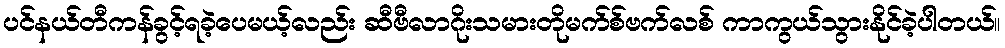
ပင်နယ်တီကန်ခွင့်ရခဲ့ပေမယ့်လည်း ဆီဗီလာဂိုးသမားတိုမက်စ်ဗက်လစ် ကာကွယ်သွားနိုင်ခဲ့ပါတယ်။